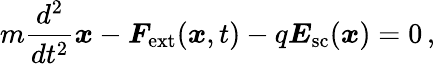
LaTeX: m\frac{d^{2}}{dt^{2}}\boldsymbol{x}-\boldsymbol{F}_{\mathrm{ext}}(\boldsymbol{x},t)-q\boldsymbol{E}_{\mathrm{sc}}(\boldsymbol{x})=0\, ,